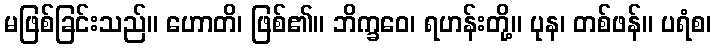
မဖြစ်ခြင်းသည်။ ဟောတိ၊ ဖြစ်၏။ ဘိက္ခဝေ၊ ရဟန်းတို့။ ပုန၊ တစ်ဖန်။ ပရံစ၊